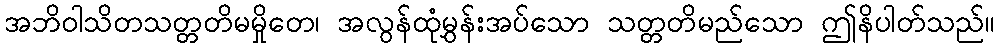
အဘိဝါသိတသတ္တတိမမှိုတေ၊ အလွန်ထုံမွှန်းအပ်သော သတ္တတိမည်သော ဤနိပါတ်သည်။